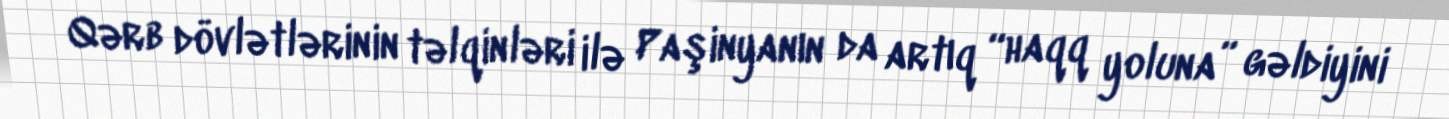
Qərb dövlətlərinin təlqinləri ilə Paşinyanın da artıq “haqq yoluna” gəldiyini